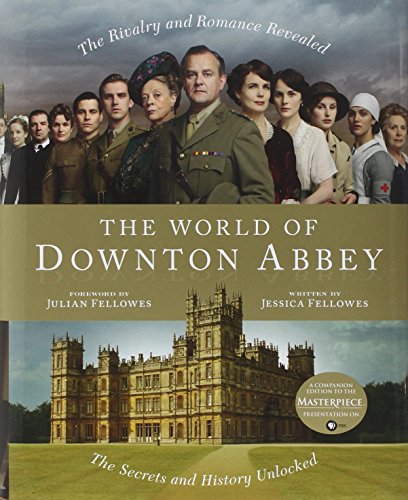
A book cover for The World of Downton Abbey; Jessica Fellowes; Humor & Entertainment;